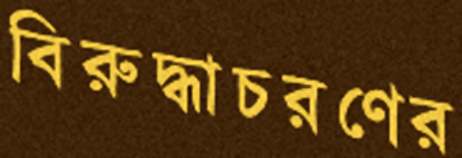
বিরুদ্ধাচরণের